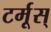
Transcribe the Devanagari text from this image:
टर्मूस्